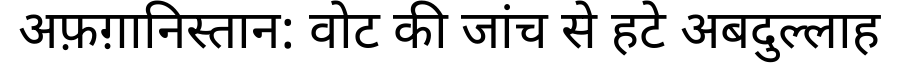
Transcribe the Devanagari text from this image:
अफ़ग़ानिस्तान: वोट की जांच से हटे अबदुल्लाह